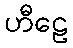
ဟီဠေ